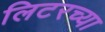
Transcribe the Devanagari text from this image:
लिटरच्या